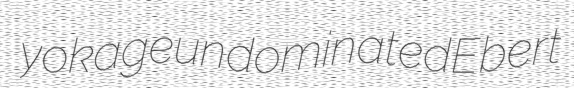
yokage undominated Ebert